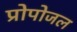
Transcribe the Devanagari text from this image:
प्रोपोजल